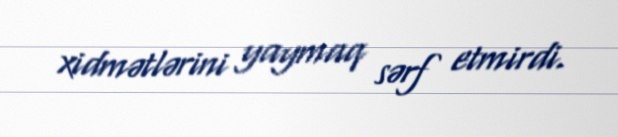
xidmətlərini yaymaq sərf etmirdi.